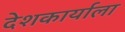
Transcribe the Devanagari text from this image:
देशकार्याला